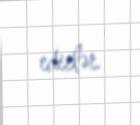
edirlər.